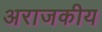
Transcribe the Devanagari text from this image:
अराजकीय